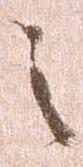
之